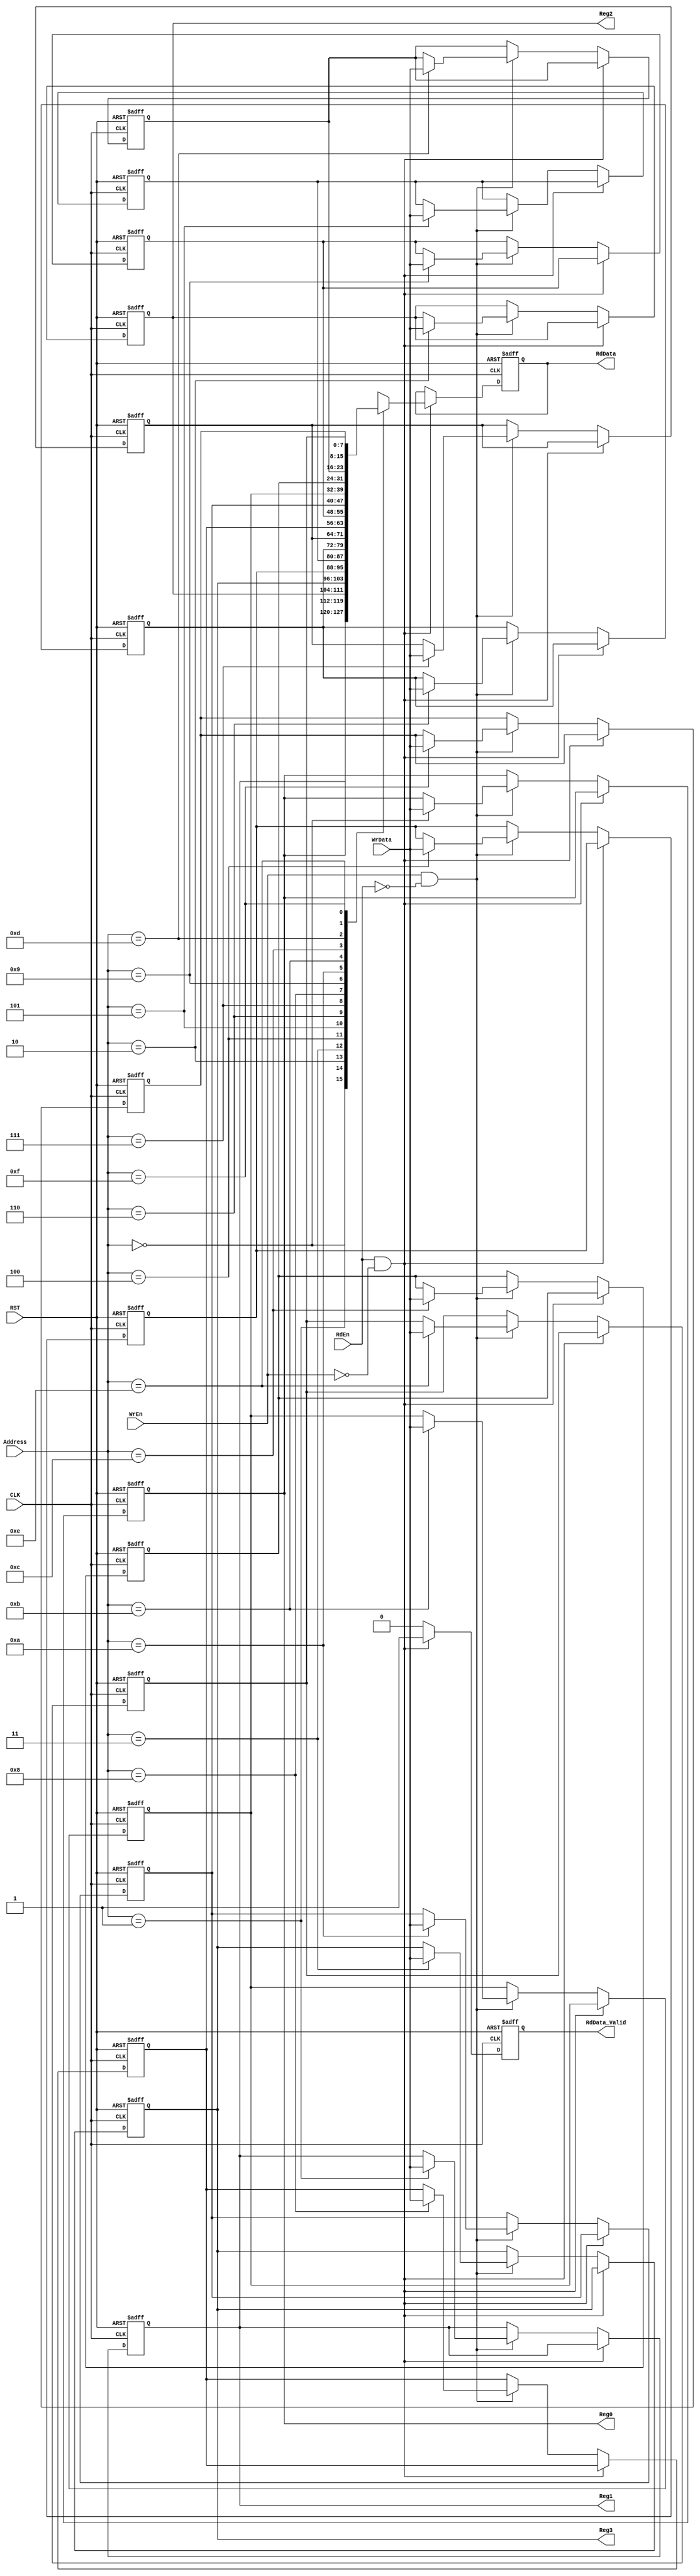
module Reg_File
#(  parameter Add_Bus = 4,
    parameter Width = 8,
    parameter Depth = 16)
(
    input wire CLK, RST, RdEn, WrEn,
    input wire [Add_Bus-1 : 0]    Address,
    input wire [Width-1 : 0]    WrData,
    output reg [Width-1 : 0]    RdData, Reg0, Reg1, Reg2, Reg3, 
    output reg RdData_Valid
);
    
reg [Width-1:0] MEM [Depth-1:0] ;
integer i;

always @(posedge CLK or negedge RST) 
begin
    if(!RST)
    begin
        for(i=0; i<Depth; i=i+1)
        begin
            if(i == 2)
            begin
                MEM[i] <= 8'b0010_0001;
            end
            else if(i == 3)
            begin
                MEM[i] <= 8'b0000_1000;
            end
            else
            begin
                MEM[i] <= 8'b0; 
            end
        end
        RdData_Valid <= 1'b0;
        RdData <= 8'b0;
    end
    else if(RdEn && !WrEn)
    begin
        RdData <= MEM[Address];
        RdData_Valid <= 1'b1;  
    end
    else if(WrEn && !RdEn)
    begin
        MEM[Address] <= WrData;
        RdData_Valid <= 1'b0;
    end
    else
    begin
        RdData_Valid <= 1'b0;
    end
end


always @(*) 
begin
    Reg0 = MEM[0];
    Reg1 = MEM[1];
    Reg2 = MEM[2];
    Reg3 = MEM[3];    
end
endmodule